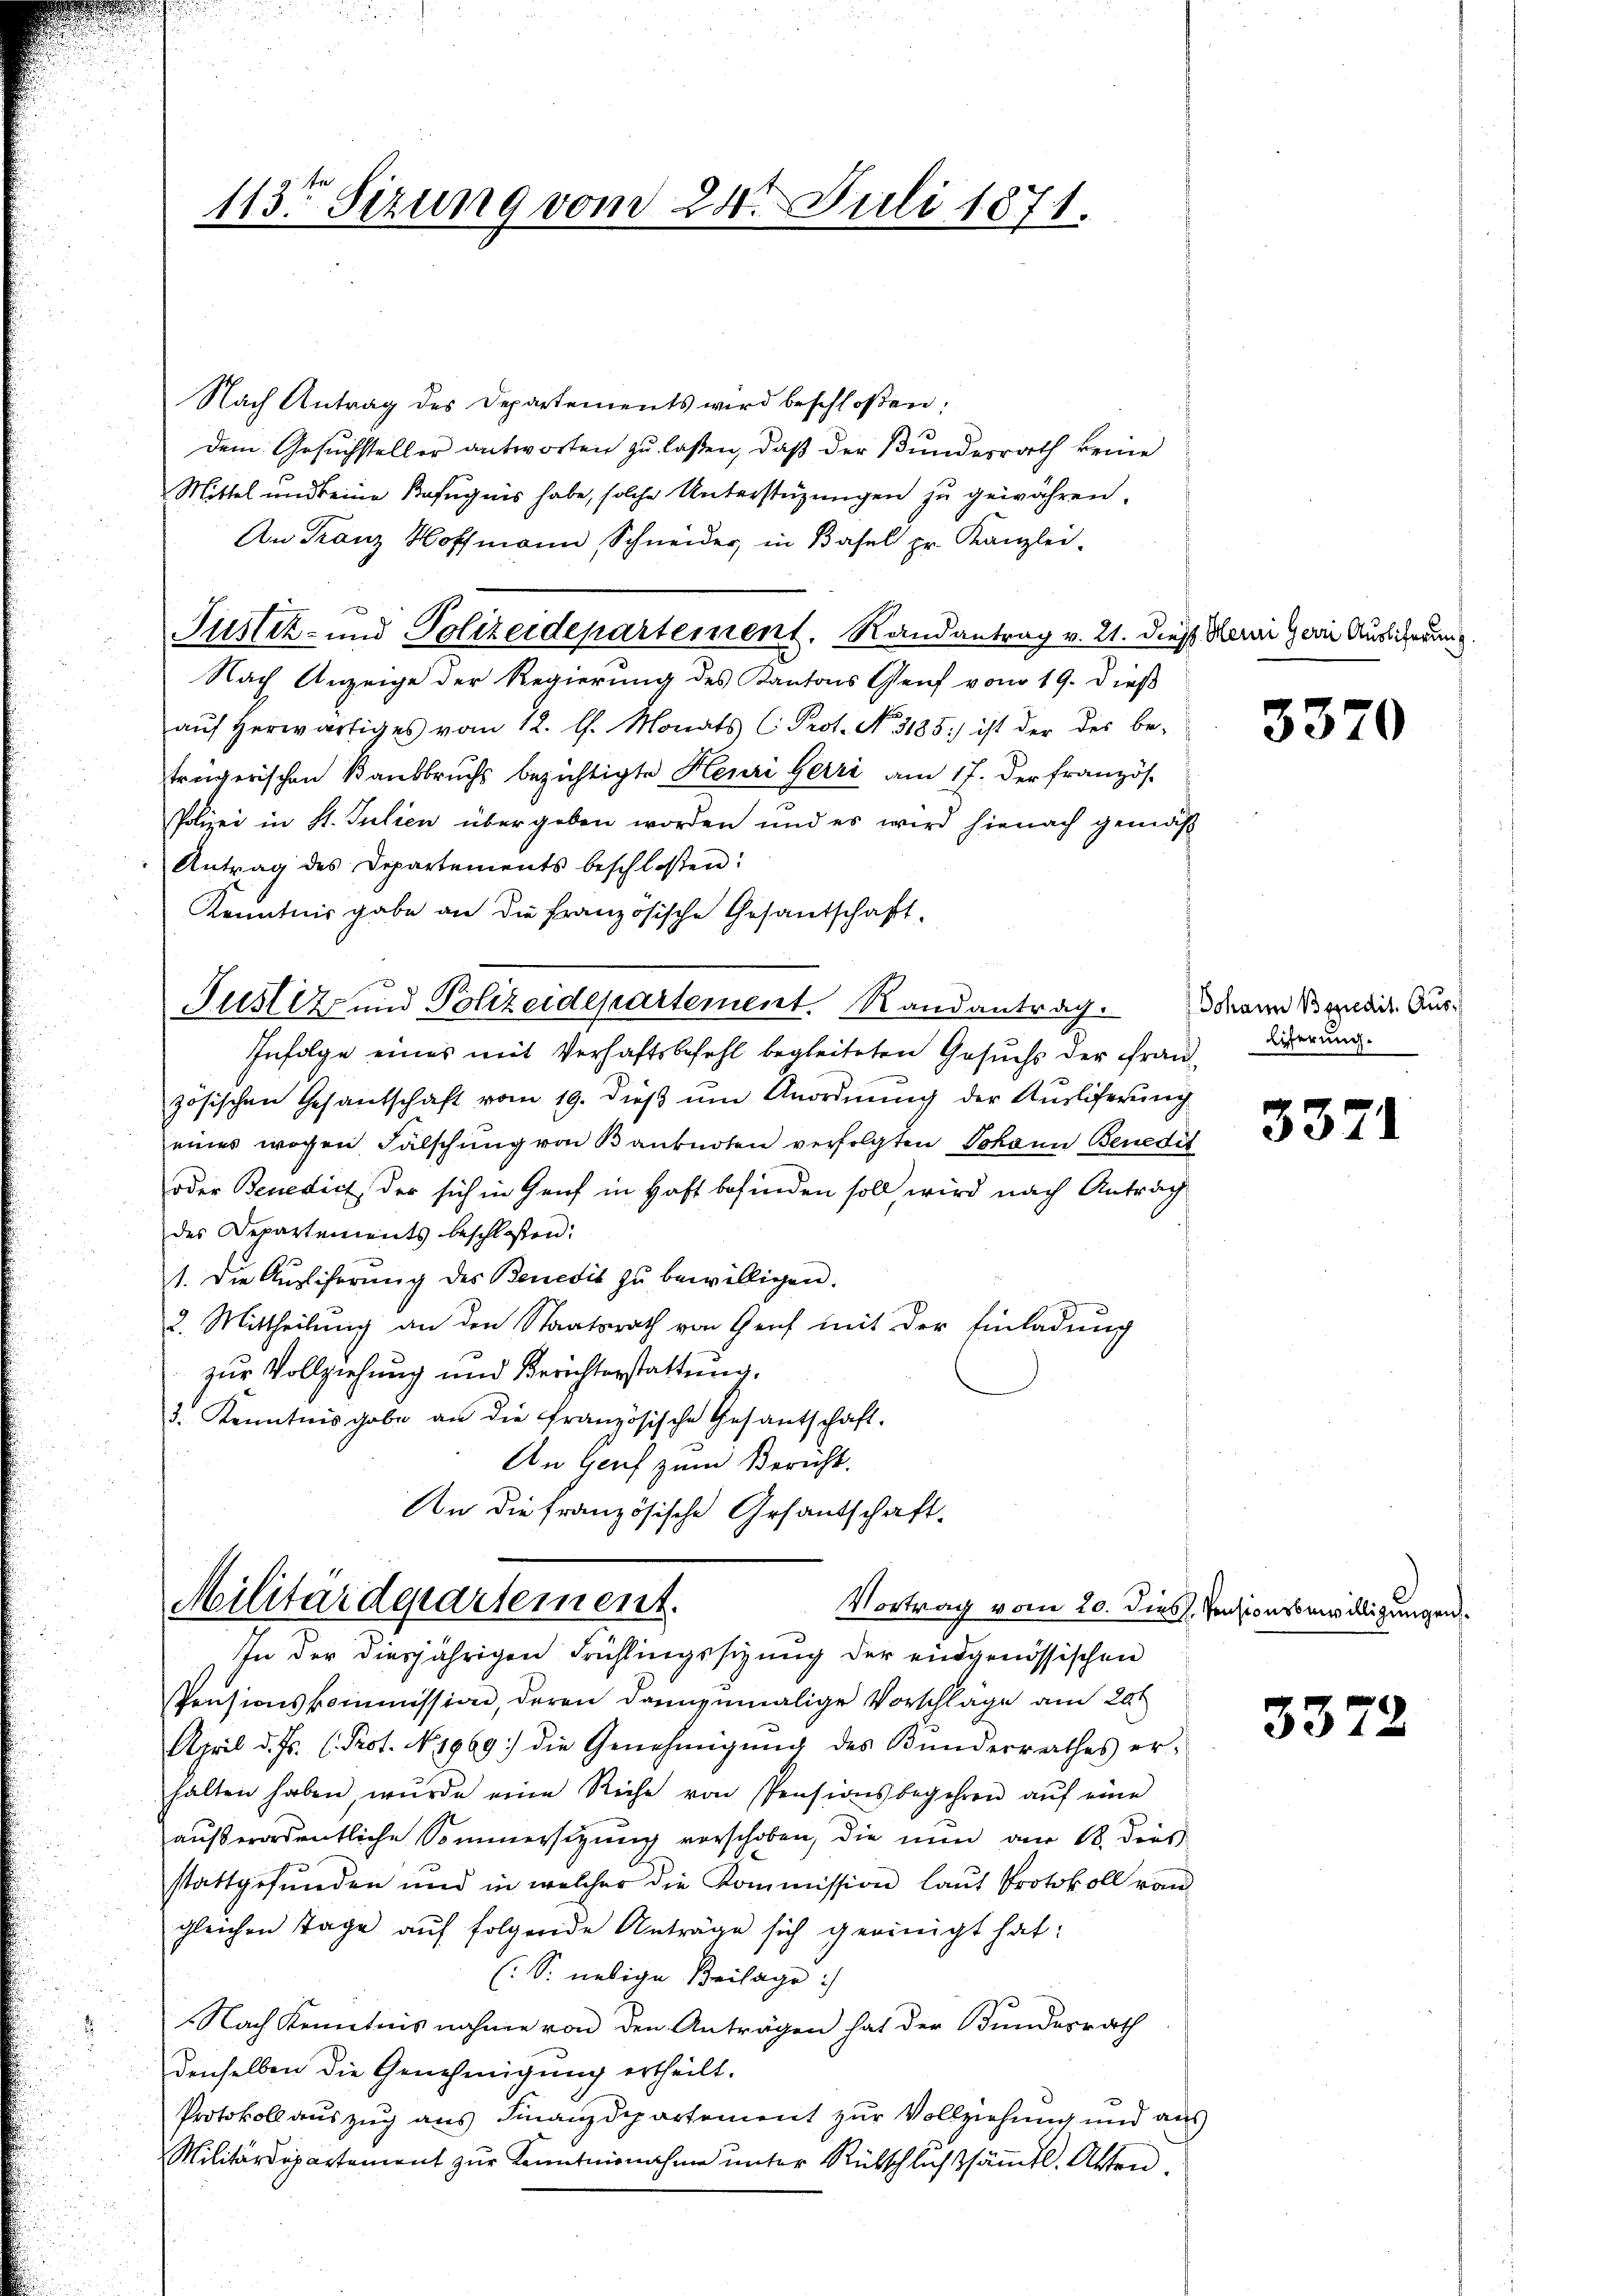
113ten Sizung vom 24. Juli 1871.

Nach Antrag des Departements wird beschloßen:
dem Gesuchsteller antworten zu laßen, daß der Bundesrath keine
Mittel und keine Befugnis habe, solche Unterstüzungen zu gewähren.
An Franz Hoffmann, Schneider, in Basel pr. Kanzlei-
Justiz- und Polizeidepartement. Randantrag v. 21. dieß Sei Gern Ausscherung
Nach Anzeige der Regierung des Kantons Genf vom 19. dieß
aŭf herwärtiges vom 12. l. Monats C. Prot. No. 3185) ist der des be-
trügerischen Banbbruchs bezichtigte Henri Herri am 17. Der französ.
Polizei in St. Julien übergeben worden und es wird hienach gemäß
Antrag des Departements beschlossen:
Kenntnis gabe an die französische Gesandschaft
Justiz und Polizeidepartement. Randantrag.
Infolge eines mit Verhaftsbefehl begleiteten Gesuchs der Frauzösischen Gesandschaft vom 19. dieß um Anordnung der Ausliferung
eines wegen Fälschung von Banknoten verfolgten Johann Benedit
oder Benedict der sich in Genf in Haft befinden soll, wird nach Antrag
des Departements beschlossen:
1. Die Aŭsliferŭng des Benedit zŭ bewilligen.
2. Mittheilung an den Staatsrath von Genf mit der Einladung
zur Vollziehung und Berichterstattung,
3. Kenntnisgabe an die französische Gesantschaft.
An Genf zum Bericht.
An die französische Gesantschaft.

Militärdepartement.
In der diesjährigen Frühlingssizung der eingenössischen

Pensionskommission, deren dannzumalige Vorschläge am 20t
April d. Js. (Prot. No. 1969) die Genehmigung des Bunderrathes er-
halten haben, wurde eine Reihe von Pensionsbegehren aŭf eine
außerordentliche Sommersitzung vorschoben, die nun am 18. dies
stattgefunden und in welcher die Kommission laut Protokoll von
gleichen Tage aŭf folgende Anträge sich geeinigt hat:
(S. nebige Beilage:
Nach Kenntnis nahme von den Anträgen hat der Bundesrath
denselben die Genehmigung ertheilt.
Protokoll auszug aus Finanzdepartement zur Vollziehung und aus
Militärdepartement zur Kenntnisnahme unter Rückschlussämtl. Akten.

3370

Johann Beredit. Aus¬
Eiferung.

332

.

Vortrag vom 20. dies. Pensionsbewilligungen.

3372